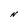
Character: H